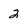
Character: 2